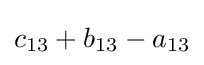
c_{13}+b_{13}-a_{13}